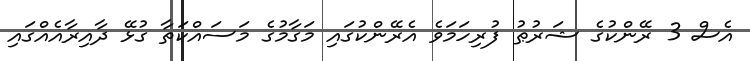
އެސް 3 ރޭންކުގެ ޝަރުޠު ފުރިހަމަވެ އެރޭންކުގައި މަގާމުގެ މަސައްކަތާ ގުޅޭ ދާއިރާއެއްގައި